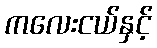
ကလေးငယ်နှင့်